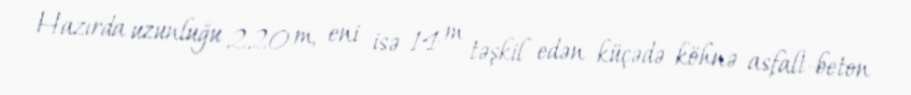
Hazırda uzunluğu 220 m, eni isə 14 m təşkil edən küçədə köhnə asfalt-beton